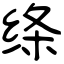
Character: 绦